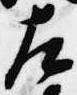
左